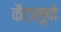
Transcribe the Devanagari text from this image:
कैंटालूपो